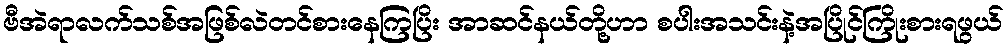
ဗီအဲရာလက်သစ်အဖြစ်လဲတင်စားနေကြပြိး အာဆင်နယ်တို့ဟာ စပါးအသင်းနဲ့အပြိုင်ကြိုးစားရဖွယ်